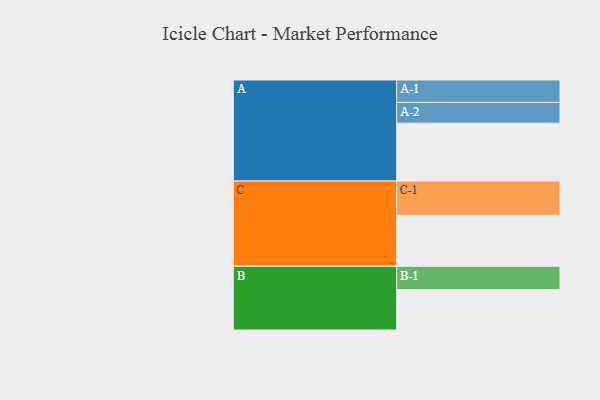
{"axis": {"x": "Segment", "y": "Value"}, "legend": ["", "A", "B", "C"], "data": [{"x": "A", "y": 442, "type": ""}, {"x": "B", "y": 309, "type": ""}, {"x": "C", "y": 389, "type": ""}, {"x": "A-1", "y": 171, "type": "A"}, {"x": "A-2", "y": 159, "type": "A"}, {"x": "B-1", "y": 178, "type": "B"}, {"x": "C-1", "y": 262, "type": "C"}]}